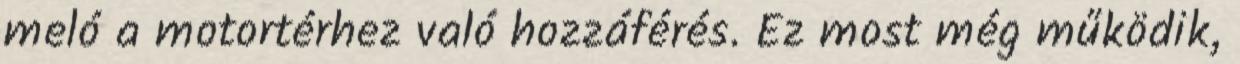
meló a motortérhez való hozzáférés. Ez most még működik,